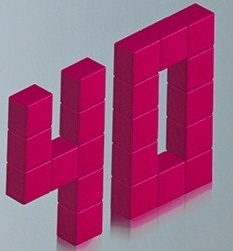
40